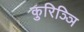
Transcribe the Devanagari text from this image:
कुरिञ्ञि